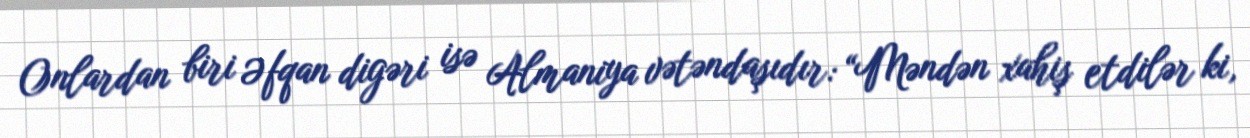
Onlardan biri Əfqan digəri isə Almaniya vətəndaşıdır: “Məndən xahiş etdilər ki,